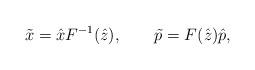
LaTeX: \begin{align*}\tilde x=\hat x F^{-1}(\hat z), \qquad \tilde p= F(\hat z)\hat p,\end{align*}